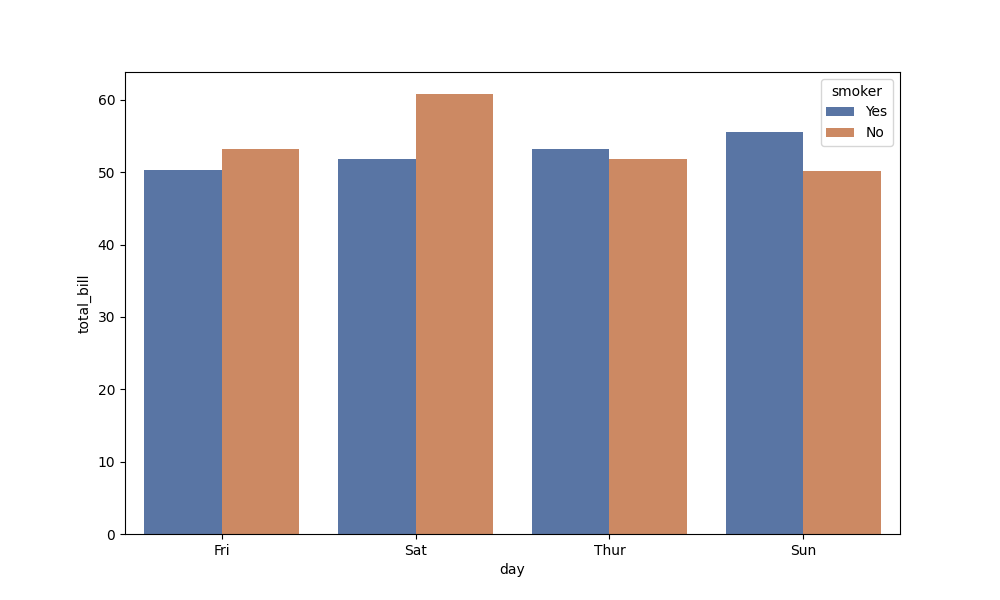
python, seaborn, barplot, hue='smoker', palette='deep', ci=None, orient='v'